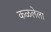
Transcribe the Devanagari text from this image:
कळलेला